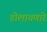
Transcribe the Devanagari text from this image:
डोलावणारे